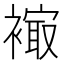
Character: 𧜮